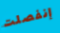
إنفصلت